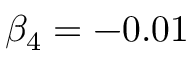
\beta _ { 4 } = - 0 . 0 1